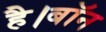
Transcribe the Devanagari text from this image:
है।बॉन